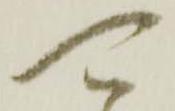
可